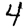
Digit: 4